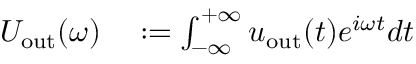
\begin{array} { r l } { U _ { \mathrm { o u t } } ( \omega ) } & { { } : = \int _ { - \infty } ^ { + \infty } u _ { \mathrm { o u t } } ( t ) e ^ { i \omega t } d t } \end{array}